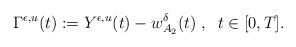
LaTeX: \begin{align*}\Gamma^{\epsilon,u}(t):=Y^{\epsilon,u}(t)-w^\delta_{A_2}(t)\;,\;\;t\in[0,T].\end{align*}